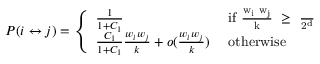
P ( i \leftrightarrow j ) = \left\{ \begin{array} { l l } { \frac { 1 } { 1 + C _ { 1 } } } & { \mathrm { ~ i f ~ \frac { w _ i ~ w _ j } { k } ~ \geq ~ \frac { \mu } { 2 ^ d } ~ } } \\ { \frac { C _ { 1 } } { 1 + C _ { 1 } } \frac { w _ { i } w _ { j } } { k } + o ( \frac { w _ { i } w _ { j } } { k } ) } & { \mathrm { ~ o t h e r w i s e } } \end{array} \right.